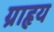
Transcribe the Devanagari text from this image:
ग्राहृय